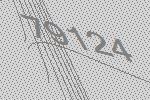
79124